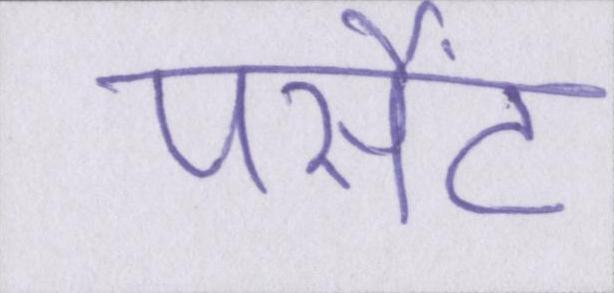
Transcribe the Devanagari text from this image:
पर्सेंट